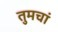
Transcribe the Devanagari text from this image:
तुमचां